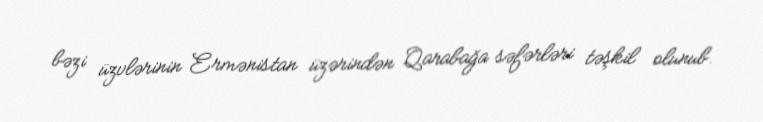
bəzi üzvlərinin Ermənistan üzərindən Qarabağa səfərləri təşkil olunub.